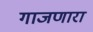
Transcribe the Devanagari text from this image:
गाजणारा